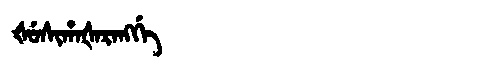
Manchu: ᡧᡠᠰᡳᡥᠠᡧᠠᡵᠠᠩᡤᡝ
Romanization: ŠUSIHAŠARANGGE